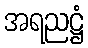
အရညဋ္ဌံ